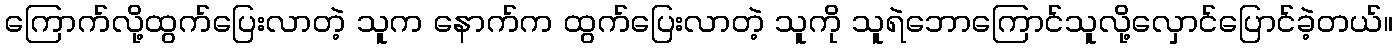
ကြောက်လို့ထွက်ပြေးလာတဲ့ သူက နောက်က ထွက်ပြေးလာတဲ့ သူကို သူရဲဘောကြောင်သူလို့လှောင်ပြောင်ခဲ့တယ်။